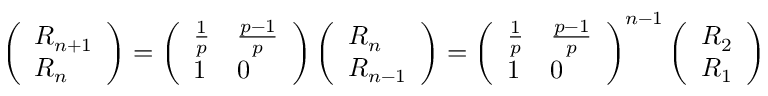
\left( \begin{array} { l } { R _ { n + 1 } } \\ { R _ { n } } \end{array} \right) = \left( \begin{array} { l l } { \frac { 1 } { p } } & { \frac { p - 1 } { p } } \\ { 1 } & { 0 } \end{array} \right) \left( \begin{array} { l } { R _ { n } } \\ { R _ { n - 1 } } \end{array} \right) = \left( \begin{array} { l l } { \frac { 1 } { p } } & { \frac { p - 1 } { p } } \\ { 1 } & { 0 } \end{array} \right) ^ { n - 1 } \left( \begin{array} { l } { R _ { 2 } } \\ { R _ { 1 } } \end{array} \right)